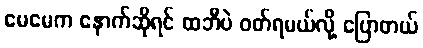
မေမေက နောက်ဆိုရင် ထဘီပဲ ဝတ်ရမယ်လို့ ပြောတယ်